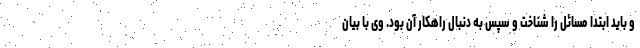
و باید ابتدا مسائل را شناخت و سپس به دنبال راهکار آن بود. وی با بیان